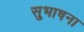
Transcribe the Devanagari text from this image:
सुभाषना